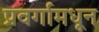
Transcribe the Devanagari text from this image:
प्रवर्गामधून